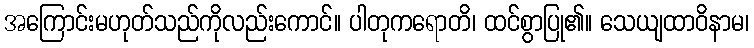
အကြောင်းမဟုတ်သည်ကိုလည်းကောင်။ ပါတုကရောတိ၊ ထင်စွာပြု၏။ သေယျထာဝိနာမ၊